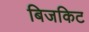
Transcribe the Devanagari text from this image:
बिजकिट